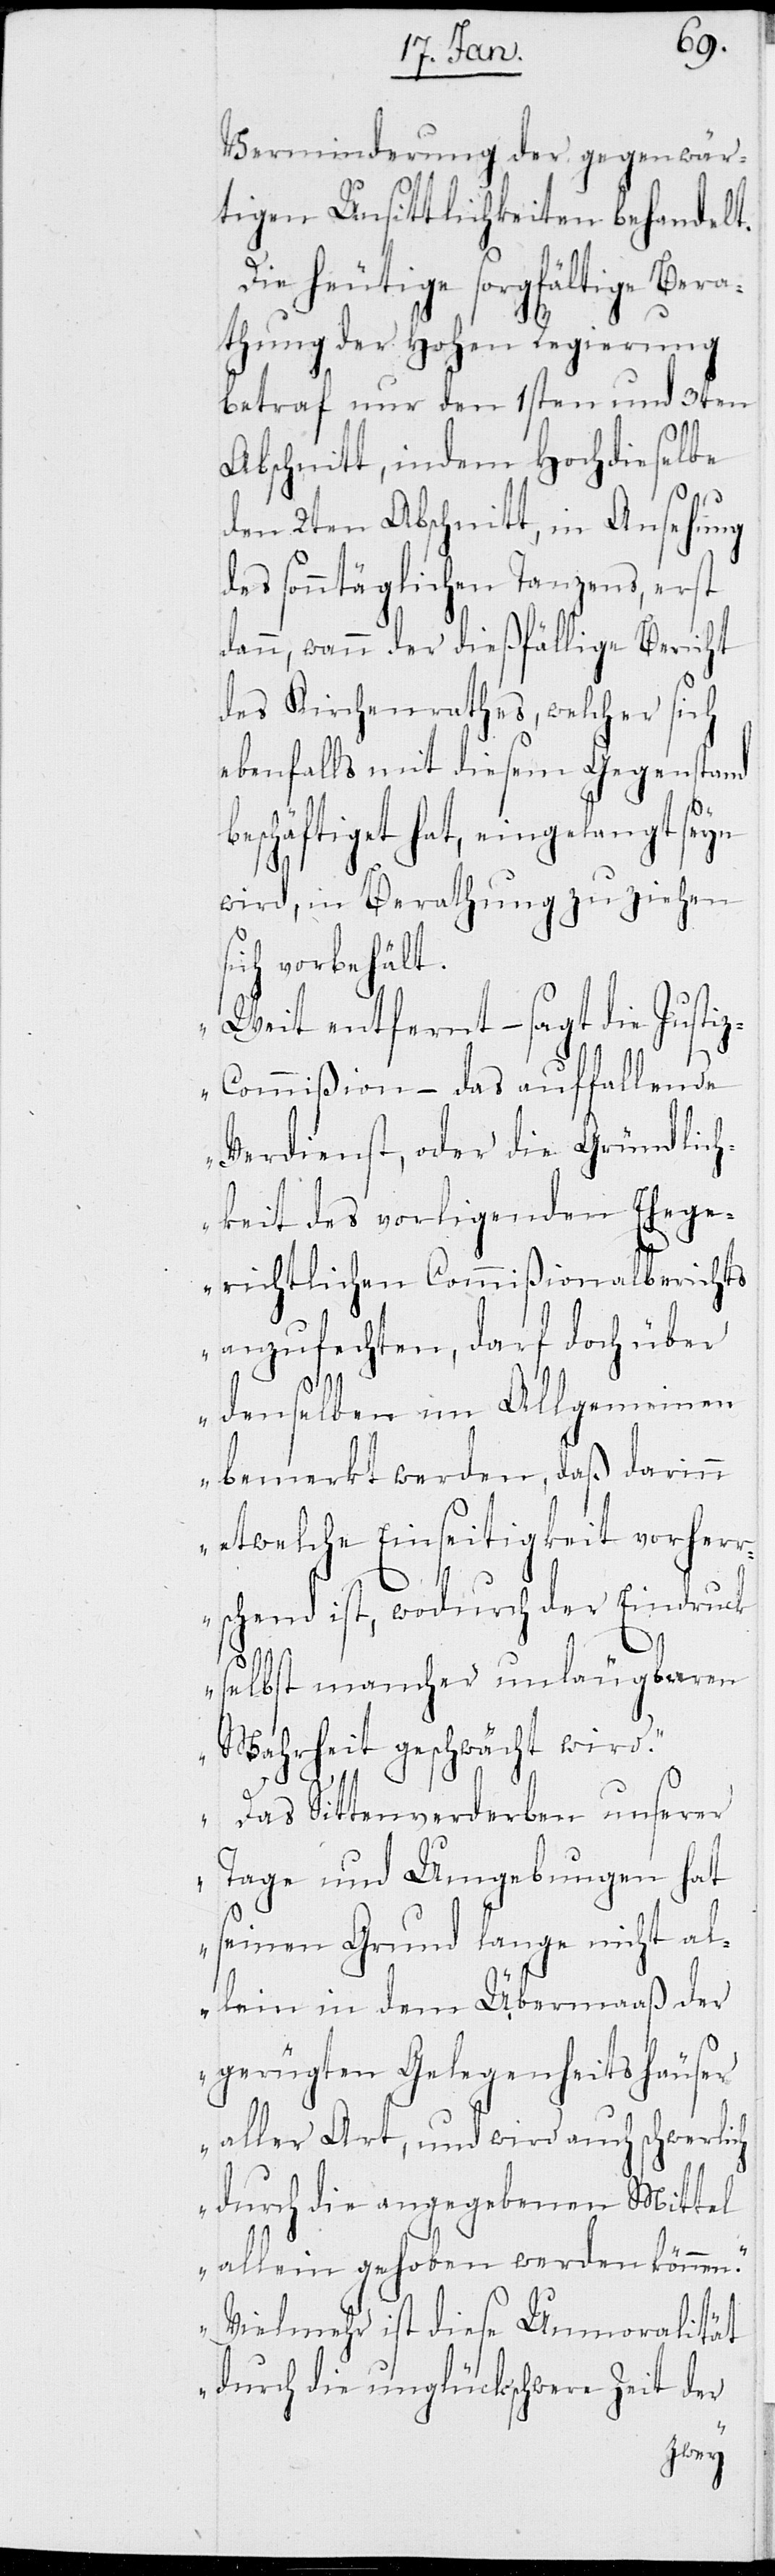
Verminderung der gegenwär¬
tigen Unsittlichkeiten behandelt.
Die heutige sorgfältige Bera¬
thung der Hohen Regierung
betraf nur den 1ten und 3ten
Abschnitt, indem Hochdieselbe
den 2ten Abschnitt, in Ansehung
des sonntäglichen Tanzens, erst
dann, wann der dießfällige Bericht
des Kirchenrathes, welcher sich
ebenfalls mit diesem Gegenstand
beschäftiget hat, eingelangt seyn
wird, in Berathung zu ziehen
sich vorbehält.
„Weit entfernt – sagt die Justi¬
z-Commißion – das auffallende
Verdienst, oder die Gründlic¬
hkeit des vorligenden Ehege¬
richtlichen Commißionalberichts
anzufechten, darf doch über
denselben im Allgemeinen
bemerkt werden, daß darinn
etwelche Einseitigkeit vorher¬
ck
rschend ist, wodurch der Eindru¬
selbst mancher unlaugbaren
Mehrheit geschwächt wird.
Das Sittenverderben unserer
en.
Tage und Umgebungen hat
seinen Grund lange nicht al¬
lein in dem Übermaß der
gerügten Gelegenheitshäuser
aller Art, und wird auch schwerlich
durch die angegebenen Mittel
allein gehoben werden könnt¬
Vielmehr ist diese Unmoralität
durch die unglückschwere Zeit der